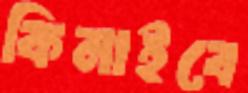
কিনাইবে